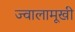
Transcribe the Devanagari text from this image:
ज्वालामूखी